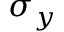
\sigma _ { y }